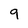
Character: 9